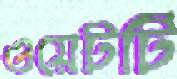
ওয়েটটি